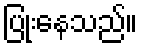
ပြုံးနေသည်။